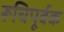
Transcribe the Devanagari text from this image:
रूचिपूर्वक